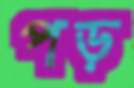
পড়